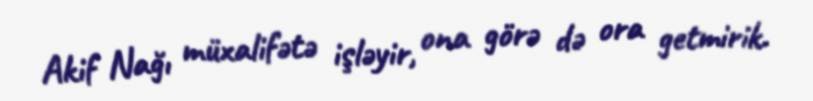
Akif Nağı müxalifətə işləyir, ona görə də ora getmirik.